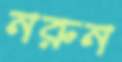
নরুন